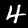
Label: 4